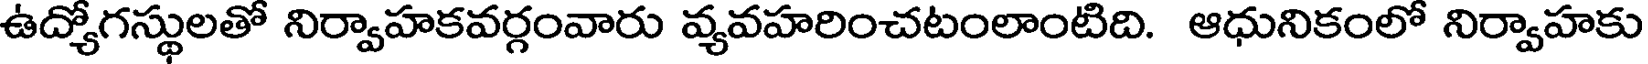
ఉద్యోగస్థులతో నిర్వాహకవర్గంవారు వ్యవహరించటంలాంటిది. ఆధునికంలో నిర్వాహకు